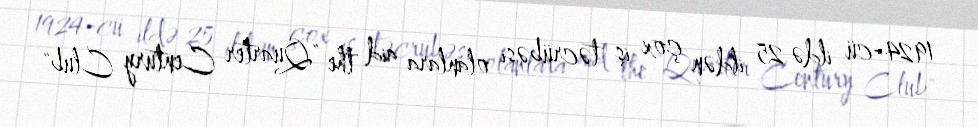
1924-cü ildə 25 ildən çox iş təcrübəsi olanlara aid the "Quarter Century Club"